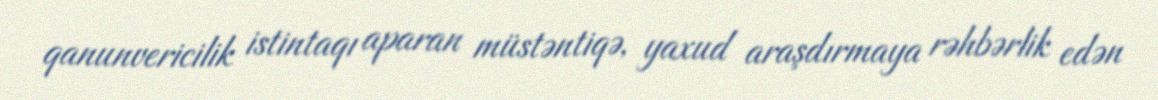
qanunvericilik istintaqı aparan müstəntiqə, yaxud araşdırmaya rəhbərlik edən